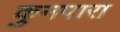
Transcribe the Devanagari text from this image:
कुनपारा